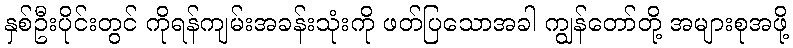
နှစ်ဦးပိုင်းတွင် ကိုရန်ကျမ်းအခန်းသုံးကို ဖတ်ပြသောအခါ ကျွန်တော်တို့ အများစုအဖို့